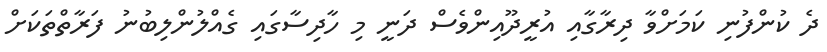
ދެ ކުންފުނި ކަމަށްވާ ދިރާގާއި އުރީދޫއިންވެސް ދަނީ މި ހާދިސާގައި ގެއްލުންލިބުނު ފަރާތްތަކަށް